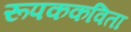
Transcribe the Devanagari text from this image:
रूपककविता